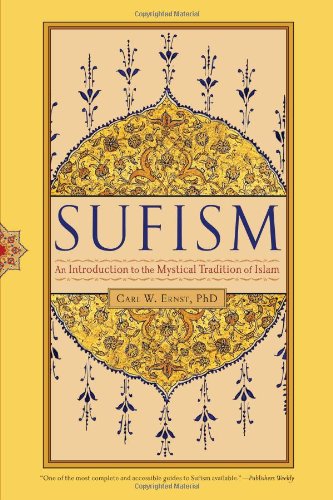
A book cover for Sufism: An Introduction to the Mystical Tradition of Islam; Carl W. Ernst Ph.D.; Religion & Spirituality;